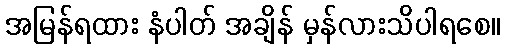
အမြန်ရထား နံပါတ် အချိန် မှန်လားသိပါရစေ။